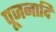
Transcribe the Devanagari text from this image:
पूजनादि